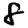
Digit: 8